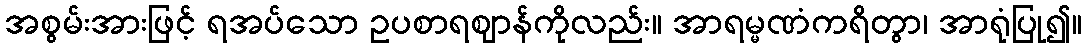
အစွမ်းအားဖြင့် ရအပ်သော ဥပစာရဈာန်ကိုလည်း။ အာရမ္မဏံကရိတွာ၊ အာရုံပြု၍။